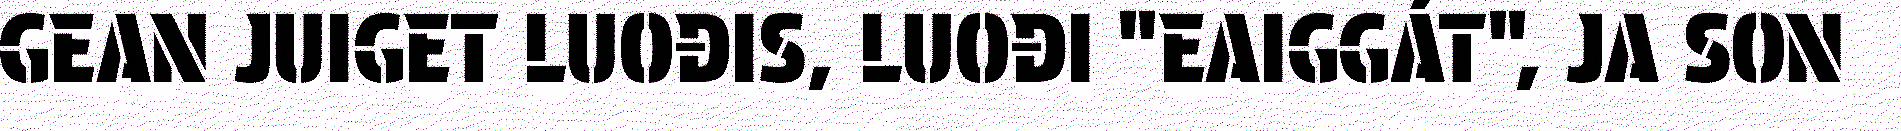
GEAN JUIGET LUOĐIS, LUOĐI "EAIGGÁT", JA SON